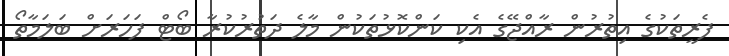
ފެރީތަކުގެ އިތުރުން ރާއްޖޭގެ އެކި ކަންކޮޅުތަކުން މާލެ ދަތުރުކުރާ ބޯޓް ފަހަރަށް ބަލަމާތޯ